Vaccination in Bombay 1902-1912 - 1902-1912
Year: 1902
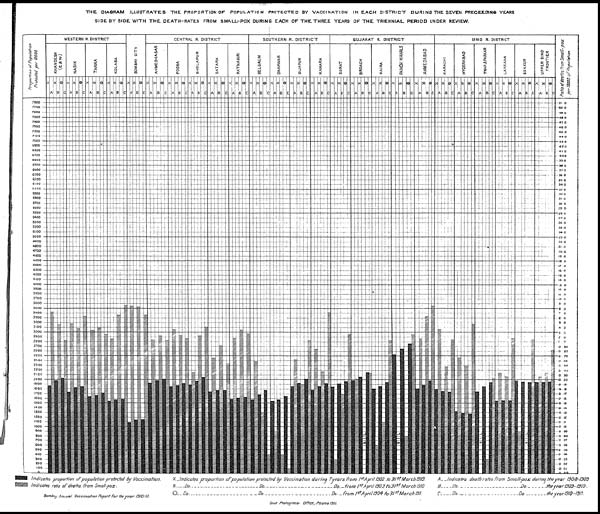
THE DIAGRAM ILLUSTRATES THE PROPORTION OF POPULATION PROTECTED BY VACCINATION
IN EACH DISTRICT DURING THE SEVEN PRECEEDING YEARS
SIDE BY SIDE WITH THE DEATH-RATES FROM SMALL-POX DURING EACH OF THE THREE YEARS OF THE TRIENNIAL PERIOD UNDER REVIEW.